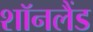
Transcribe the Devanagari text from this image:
शॉनलैंड